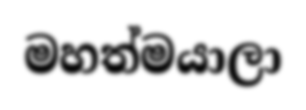
මහත්මයාලා